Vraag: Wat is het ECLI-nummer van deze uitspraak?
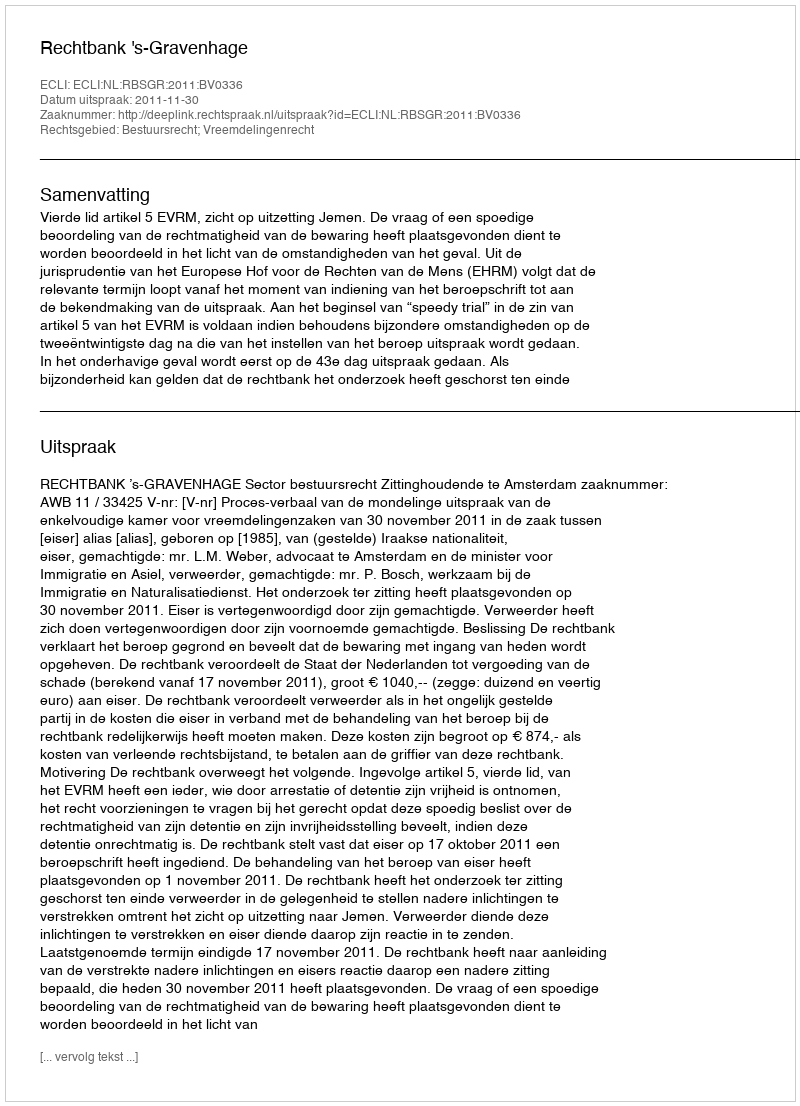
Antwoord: ECLI:NL:RBSGR:2011:BV0336